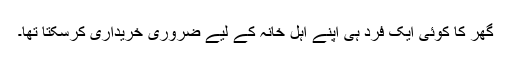
گھر کا کوئی ایک فرد ہی اپنے اہل خانہ کے لیے ضروری خریداری کرسکتا تھا۔